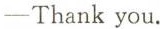
-Thank you.